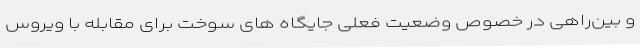
و بین‌راهی در خصوص وضعیت فعلی جایگاه های سوخت برای مقابله با ویروس